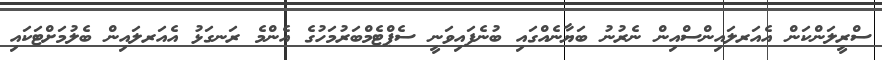
ސްރީލަންކަން އެއަރލައިންސްއިން ނެރުނު ބަޔާނެއްގައި ބުނެފައިވަނީ ސެޕްޓެމްބަރުމަހުގެ އެންމެ ރަނގަޅު އެއަރލައިން ބެލުމަށްޓަކައި